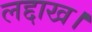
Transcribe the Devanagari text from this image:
लद्दाख।